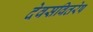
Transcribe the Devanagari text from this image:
देवसवितरेष